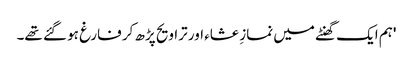
'ہم ایک گھنٹے میں نمازِ عشاء اور تراویح پڑھ کر فارغ ہو گئے تھے۔